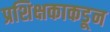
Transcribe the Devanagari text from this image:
प्रशिक्षकाकडून